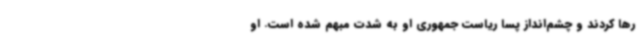
رها کردند و چشم‌انداز پسا ریاست جمهوری او به شدت مبهم شده است. او